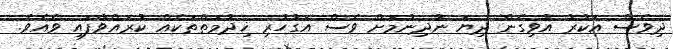
ދިވެސް އަކުރު އުވިގެން ދިޔަ ނުދިނުމަށް ވެސް އަގުހުރި ޚިދުމަތްތަކެއް ކުރައްވާފައި ވެއެވެ.